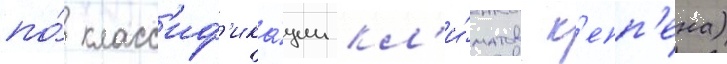
по́ класс'иф'ика́ции кл'и́матов к'епп'ена)